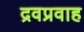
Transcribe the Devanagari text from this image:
द्रवप्रवाह